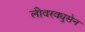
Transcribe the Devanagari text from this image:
लीवरक्युसेन